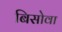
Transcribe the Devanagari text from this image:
बिसोवा